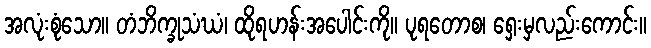
အလုံးစုံသော။ တံဘိက္ခုသံဃံ၊ ထိုရဟန်းအပေါင်းကို။ ပုရတောစ၊ ရှေးမှလည်းကောင်း။